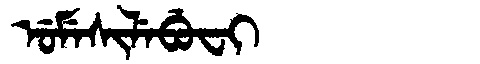
Manchu: ᡠᠮᡝᠰᡳᠯᡝᠪᡠᠸᡳ
Romanization: UMESILEBUFI